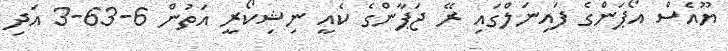
ޔޫއެސް އޯޕަންގެ ފައިނަލްގައި ރޭ ޖަޕާންގެ ކެއީ ނިޝިކޯރީ އަތުން 6-63-3 އަދި